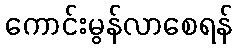
ကောင်းမွန်လာစေရန်